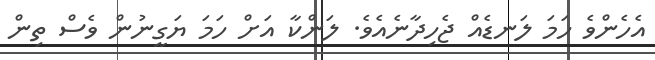
އެހެންވެ ހަމަ ލަނޑެއް ޖެހިދާނެއެވެ. ލަންކާ އަށް ހަމަ ޔަގީނުން ވެސް ތިން